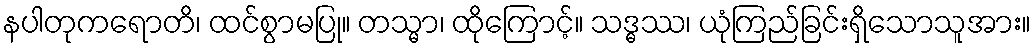
နပါတုကရောတိ၊ ထင်စွာမပြု။ တသ္မာ၊ ထိုကြောင့်။ သဒ္ဓဿ၊ ယုံကြည်ခြင်းရှိသောသူအား။